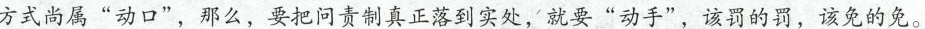
方式尚属”动口”，那么，要把问责制真正落到实处，就要”动手”，该罚的罚，该免的免。